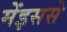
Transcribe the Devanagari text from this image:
मेंइससे